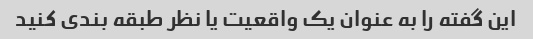
این گفته را به عنوان یک واقعیت یا نظر طبقه بندی کنید